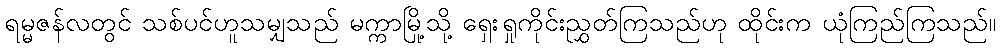
ရမ္မဇန်လတွင် သစ်ပင်ဟူသမျှသည် မက္ကာမြို့သို့ ရှေးရှုကိုင်းညွှတ်ကြသည်ဟု ထိုင်းက ယုံကြည်ကြသည်။